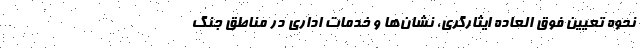
نحوه تعیین فوق العاده ایثارگری، نشان‌ها و خدمات اداری در مناطق جنگ